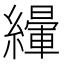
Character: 𦅿